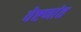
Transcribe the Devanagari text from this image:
वेष्टणांत